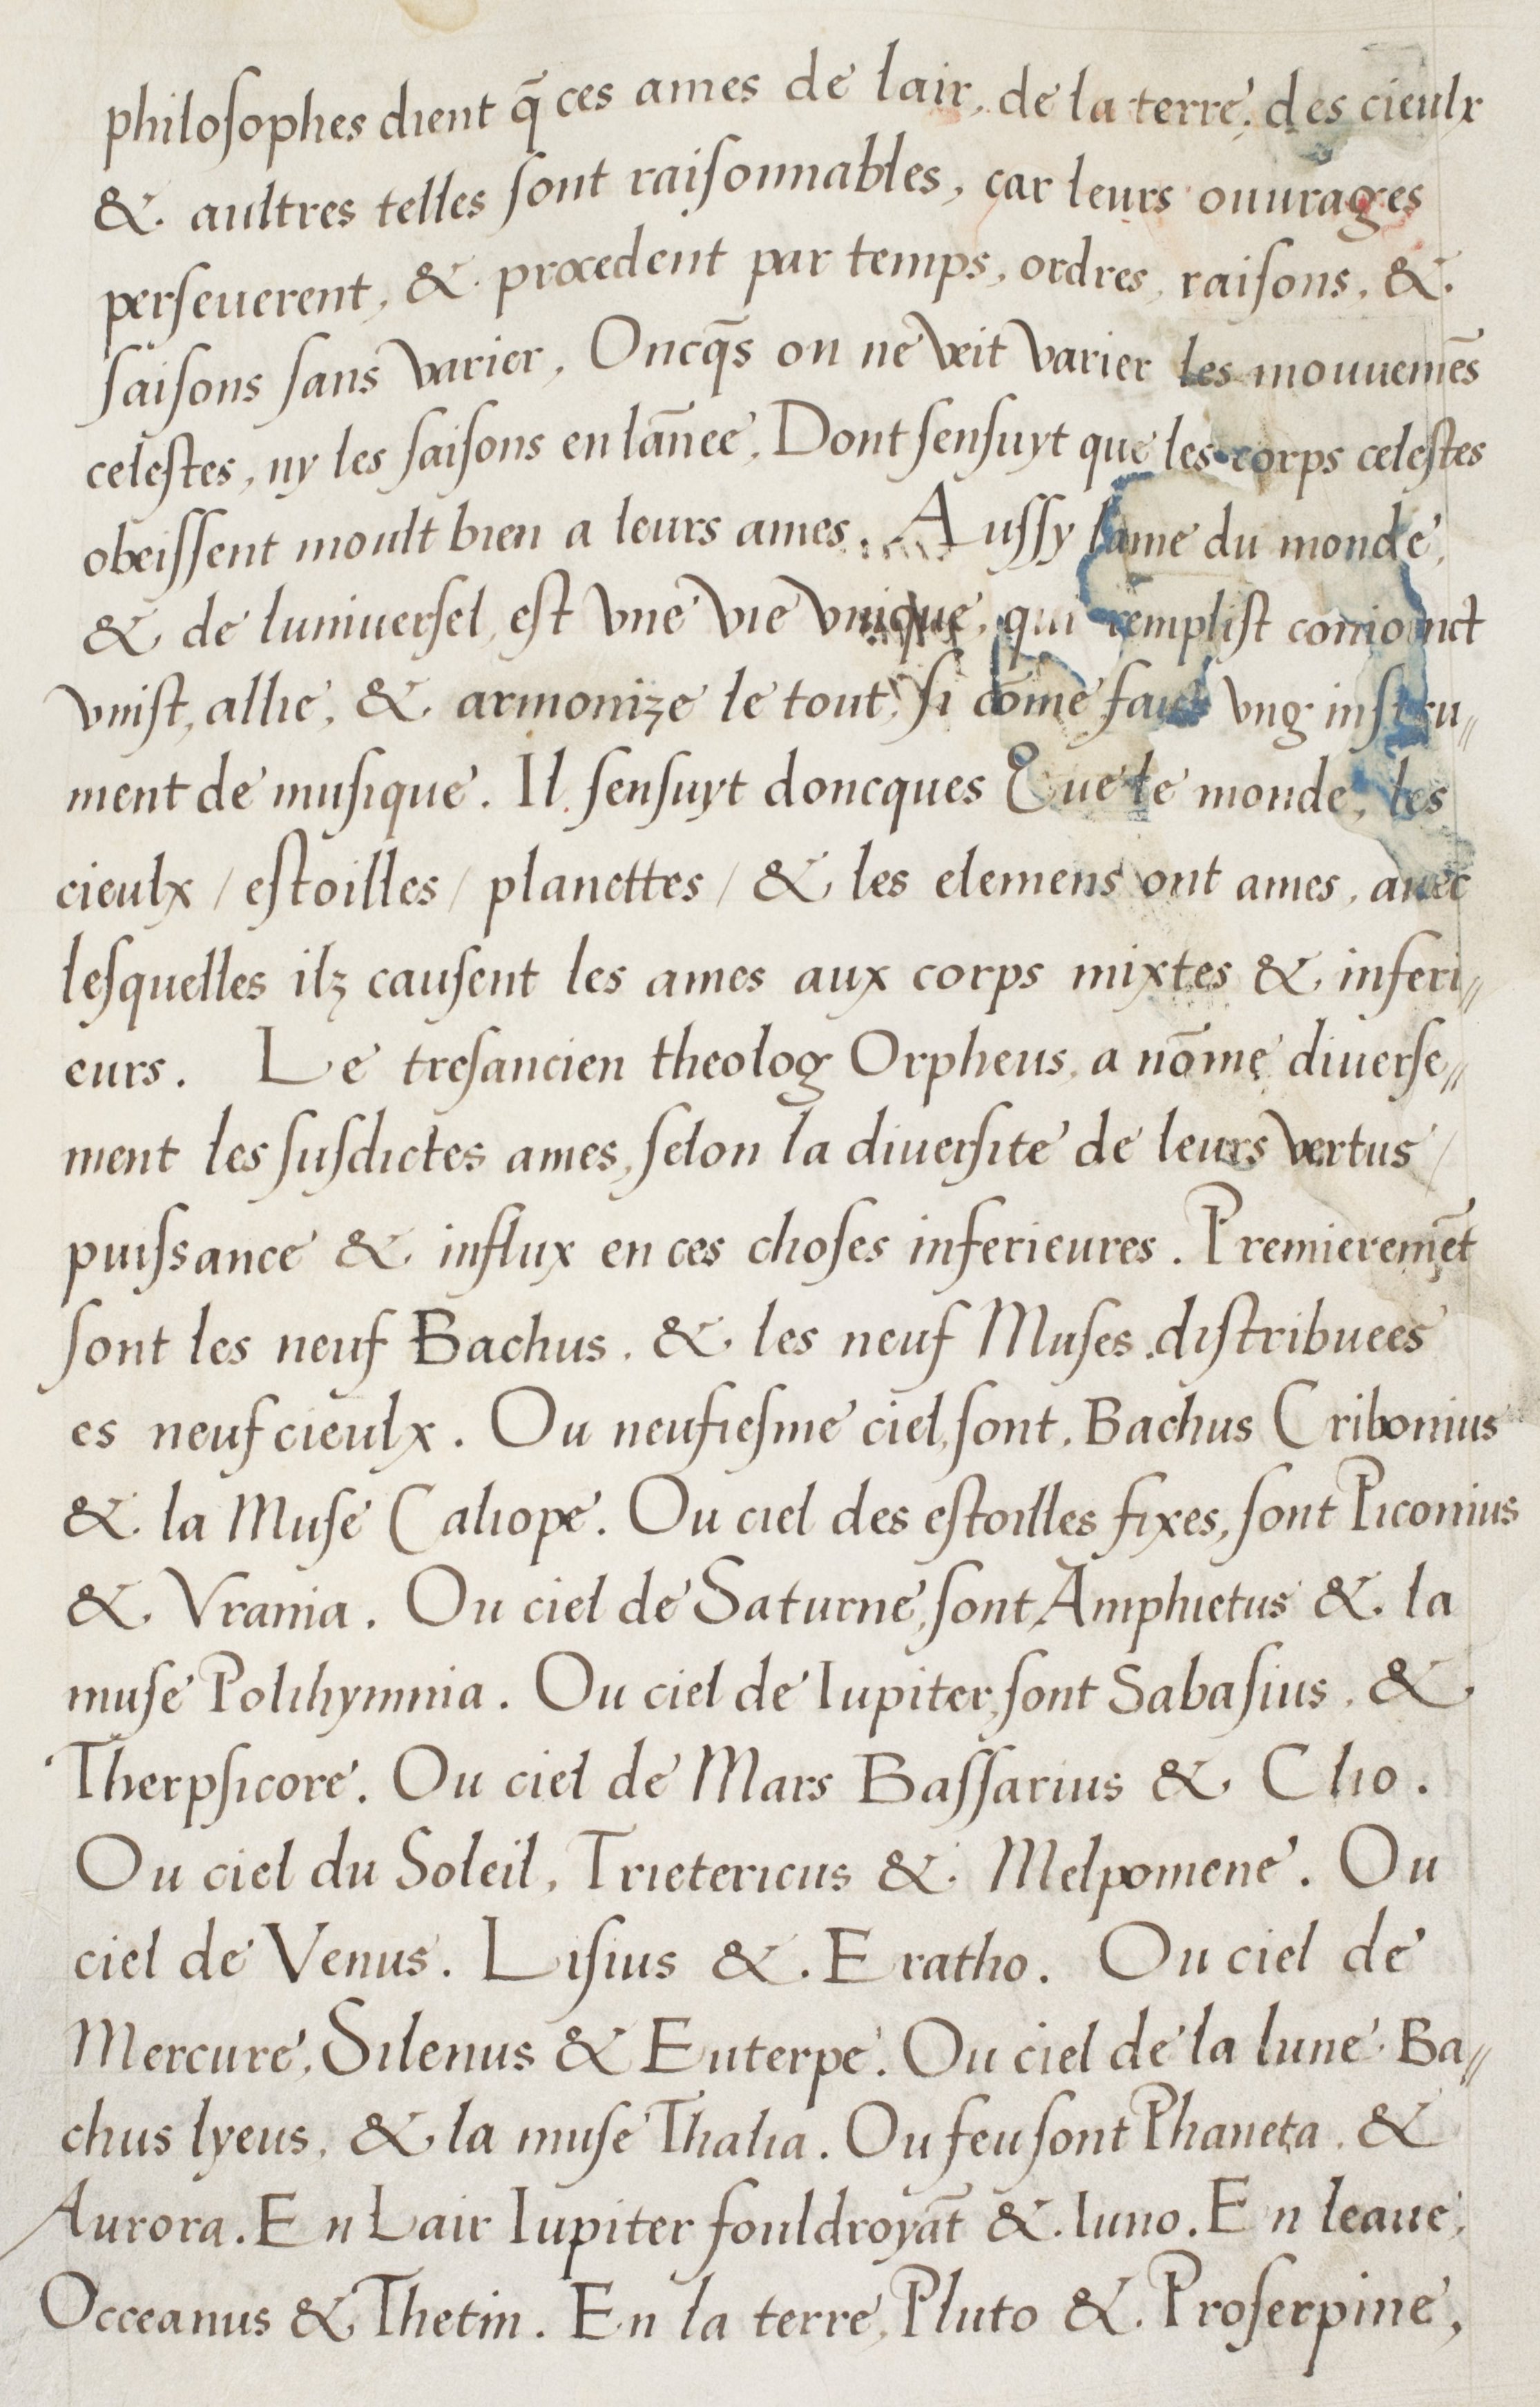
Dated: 1536–1536